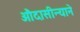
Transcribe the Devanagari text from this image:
औदासीन्याने